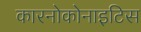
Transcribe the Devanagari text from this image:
कारनोकोनाइटिस